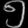
Digit: ၅